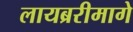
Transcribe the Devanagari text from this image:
लायब्ररीमागे